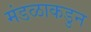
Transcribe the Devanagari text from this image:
मंडळाकडुन